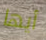
أيها